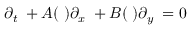
\partial _ { t } { \bf \rho } + A ( { \bf \rho } ) \partial _ { x } { \bf \rho } + B ( { \bf \rho } ) \partial _ { y } { \bf \rho } { } = { } 0